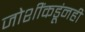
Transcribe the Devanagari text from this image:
जोशींकडूंनही